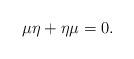
LaTeX: \begin{align*}\mu\eta+\eta\mu=0.\end{align*}